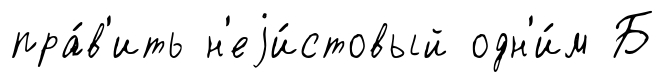
пра́в'ить н'еjи́стовый одн'и́м Б